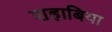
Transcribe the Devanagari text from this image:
शहाबिया